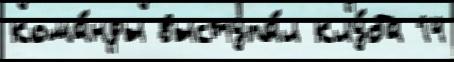
кома́нды выступа́л клу́ба 14